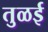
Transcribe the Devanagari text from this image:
तुळई